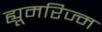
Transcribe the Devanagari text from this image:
ह्यूमरिज्म